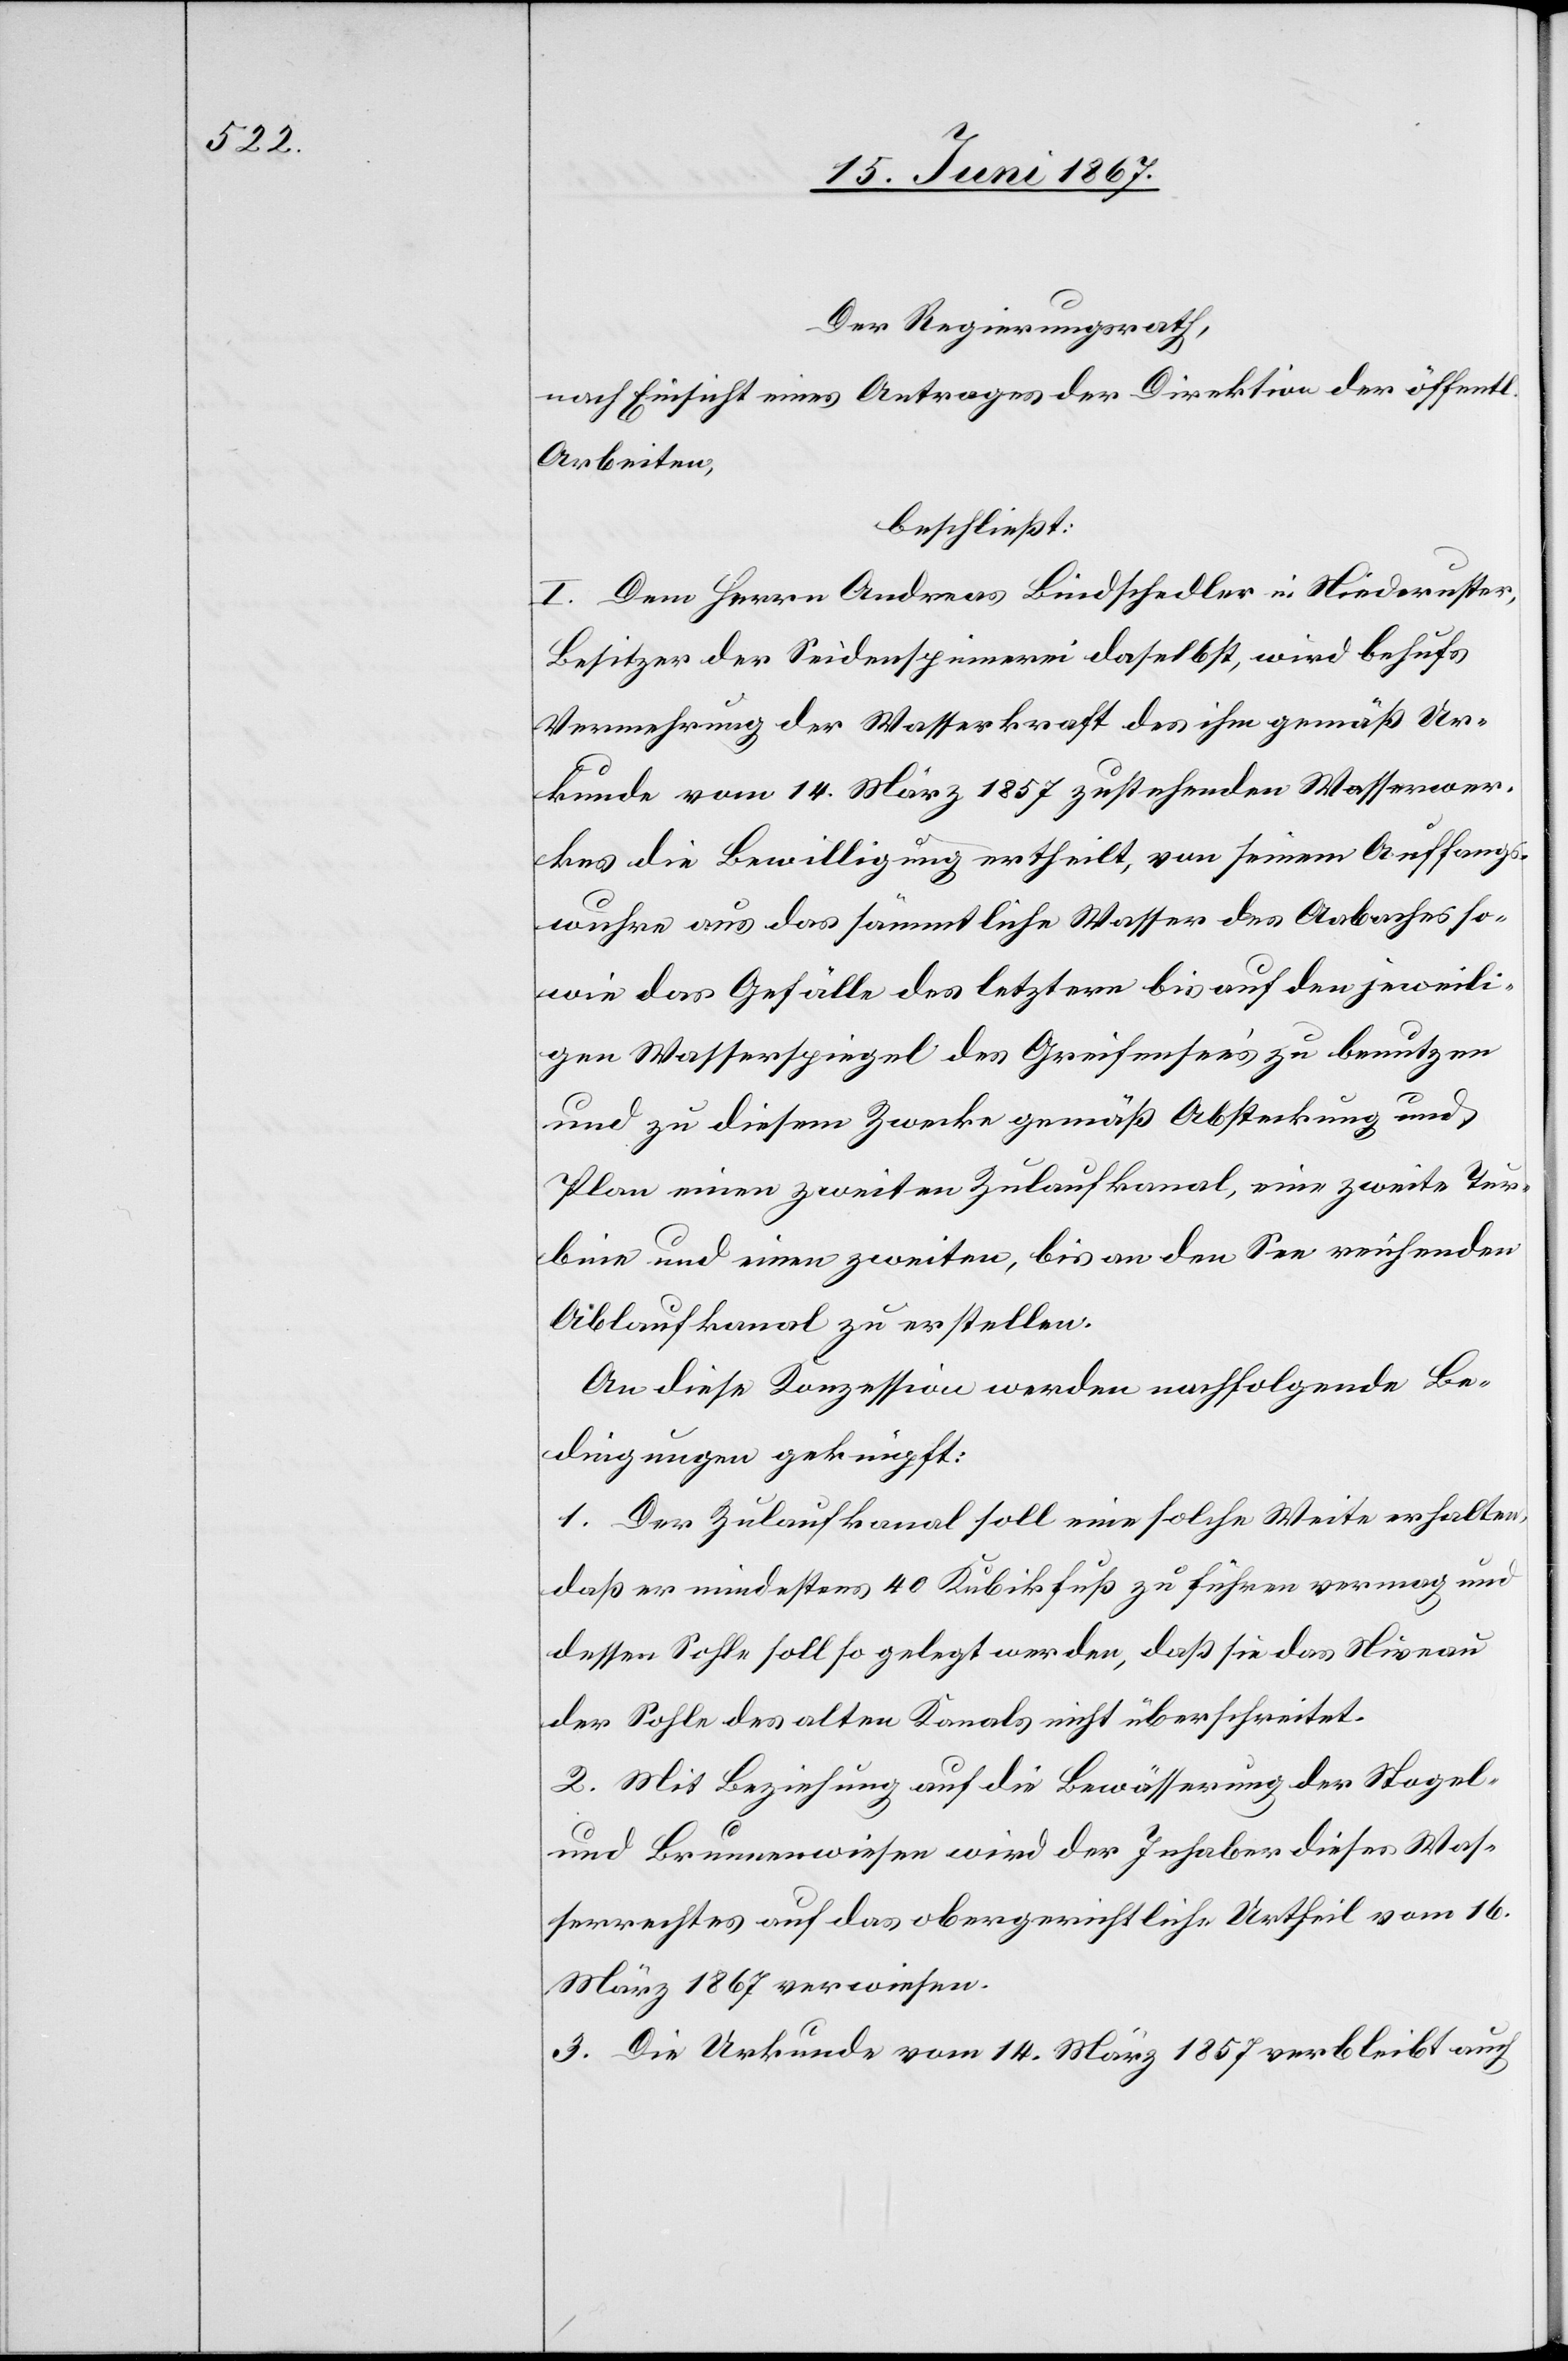
Der Regierungsrath,
nach Einsicht eines Antrages der Direktion der öffentl.
Arbeiten,
beschließt:
I. Dem Herrn Andreas Bindschedler in Niederuster,
Besitzer der Seidenspinnerei daselbst, wird behufs
Vermehrung der Wasserkraft des ihm gemäß Ur¬
kunde vom 14. März 1857 zustehenden Wasserwer¬
kes die Bewilligung ertheilt, von seinem Auffangs¬
wuhre aus das sämmtliche Wasser des Aabaches so¬
wie das Gefälle des letztern bis auf den jeweili¬
gen Wasserspiegel des Greifensees zu benutzen
und zu diesem Zwecke gemäß Absteckung und
Plan einen zweiten Zulaufkanal, eine zweite Tur¬
bine und einen zweiten, bis an den See reichenden
Ablaufkanal zu erstellen.
An diese Konzession werden nachfolgende Be¬
dingungen geknüpft:
1. Der Zulaufkanal soll eine solche Weite erhalten,
daß er mindestens 40 Kubikfuß zu führen vermag und
dessen Sohle soll so gelegt werden, daß sie das Niveau
der Sohle des alten Kanals nicht überschreitet.
2. Mit Beziehung auf die Bewässerung der Stagel-
und Brunnenwiesen wird der Inhaber dieses Was¬
serrechtes auf das obergerichtliche Urtheil vom 16.
März 1867 verwiesen.
3. Die Urkunde vom 14. März 1857 verbleibt auch